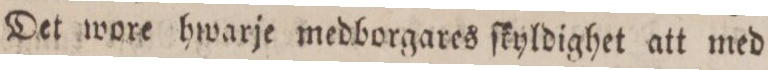
Det wore hwarje medborgares ſkyldighet att med